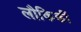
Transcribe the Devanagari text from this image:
लौकिकीं